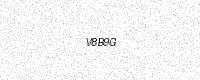
Text: V8B9G